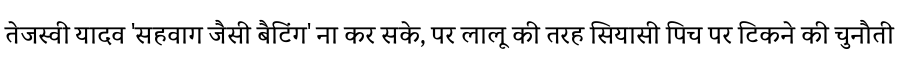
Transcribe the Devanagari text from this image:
तेजस्वी यादव 'सहवाग जैसी बैटिंग' ना कर सके, पर लालू की तरह सियासी पिच पर टिकने की चुनौती